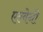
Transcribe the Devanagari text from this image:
एल्बेनी